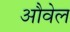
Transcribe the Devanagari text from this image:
औवेल